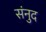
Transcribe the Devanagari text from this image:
संनुद